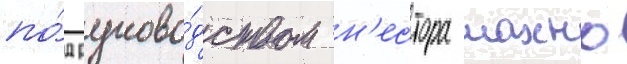
по́д руково́дством н'естора махно